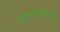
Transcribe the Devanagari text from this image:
हताशापूर्वक